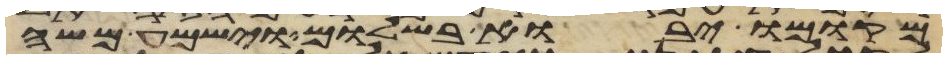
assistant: מקומו יבוא בשלום וישמע משה